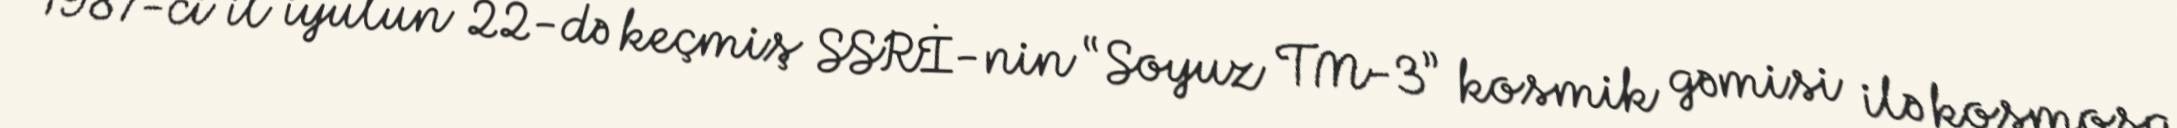
1987-ci il iyulun 22-də keçmiş SSRİ-nin “Soyuz TM-3” kosmik gəmisi ilə kosmosa